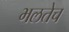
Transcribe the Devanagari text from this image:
भलतेच